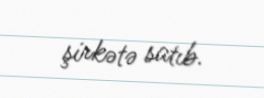
şirkətə satıb.